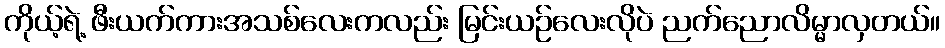
ကိုယ့်ရဲ့ ဖီးယက်ကားအသစ်လေးကလည်း မြင်းယဉ်လေးလိုပဲ ညက်ညောလိမ္မာလှတယ်။